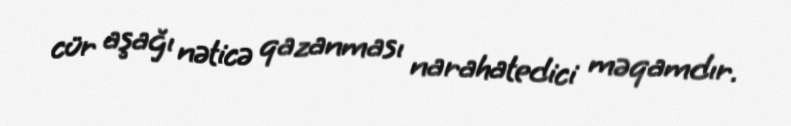
cür aşağı nəticə qazanması narahatedici məqamdır.